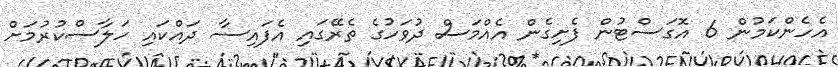
އެހެންކަމުން 6 އޮގަސްޓުން ފެށިގެން އެއްމަސް ދުވަހުގެ ތެރޭގައި އެފައިސާ ދައްކައި ހަލާސްކުރުމަށް